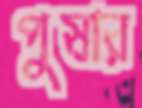
পুষার